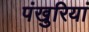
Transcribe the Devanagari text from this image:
पंखुरियां